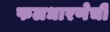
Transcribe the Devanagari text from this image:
फलधारणेची